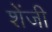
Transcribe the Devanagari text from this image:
शेंजी